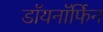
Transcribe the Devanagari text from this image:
डॉयनॉर्फिन